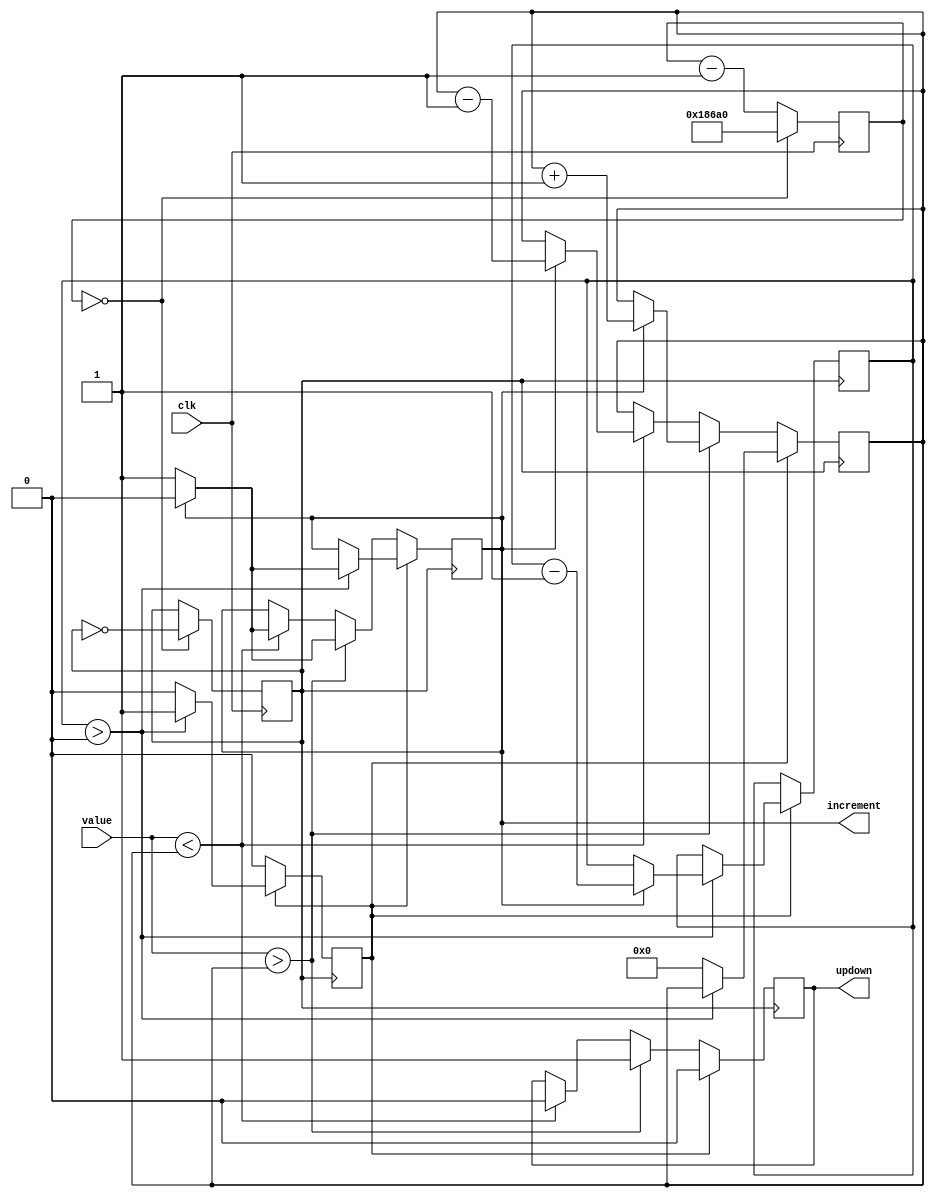

module udpoti
    #(
         parameter RESOLUTION = 100,
         parameter DIVIDER = 100000
     )
     (
         input clk,
         input wire [31:0] value,
         output reg updown = 0,
         output reg increment = 0
     );

    reg ctrl_clk = 0;
    reg [31:0] counter;
    reg init = 0;
    always @(posedge clk) begin
        if (counter == 0) begin
            counter <= DIVIDER;
            ctrl_clk <= ~ctrl_clk;
        end else begin
            counter <= counter - 1;
        end
    end

    reg [31:0] init_counter = RESOLUTION;
    reg [31:0] pos = 0;
    always @ (posedge ctrl_clk) begin
        if (init == 1) begin
            updown <= 0;
            if (init_counter > 0) begin
                if (increment == 0) begin
                    increment <= 1;
                end else begin
                    increment <= 0;
                    init_counter <= init_counter - 1;
                end
            end else begin
                init <= 0;
                pos <= 0;
            end
        end else begin
            if (value > pos) begin
                updown <= 1;
                if (increment == 0) begin
                    increment <= 1;
                end else begin
                    increment <= 0;
                    pos <= pos + 1;
                end
            end else if (value < pos) begin
                updown <= 0;
                if (increment == 0) begin
                    increment <= 1;
                end else begin
                    increment <= 0;
                    pos <= pos - 1;
                end
            end
        end
    end
endmodule